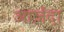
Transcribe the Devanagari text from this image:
आर्ज़दा